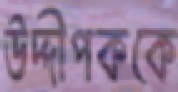
উদ্দীপককে